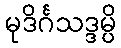
မုဒိင်္ဂသဒ္ဒမ္ပိ